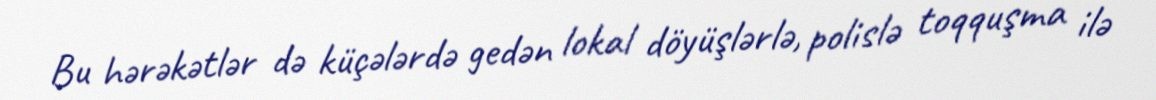
Bu hərəkətlər də küçələrdə gedən lokal döyüşlərlə, polislə toqquşma ilə